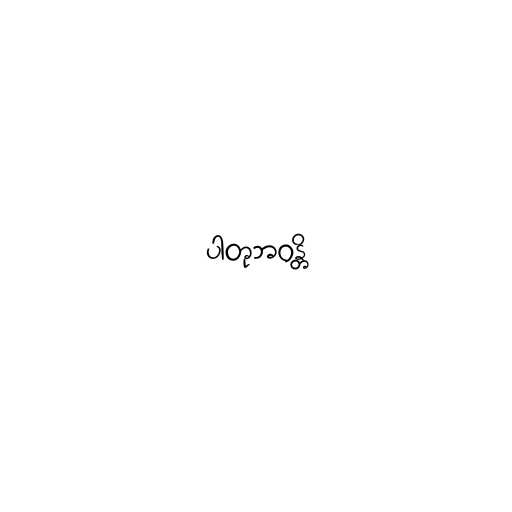
ပါတုဘဝန္တိ